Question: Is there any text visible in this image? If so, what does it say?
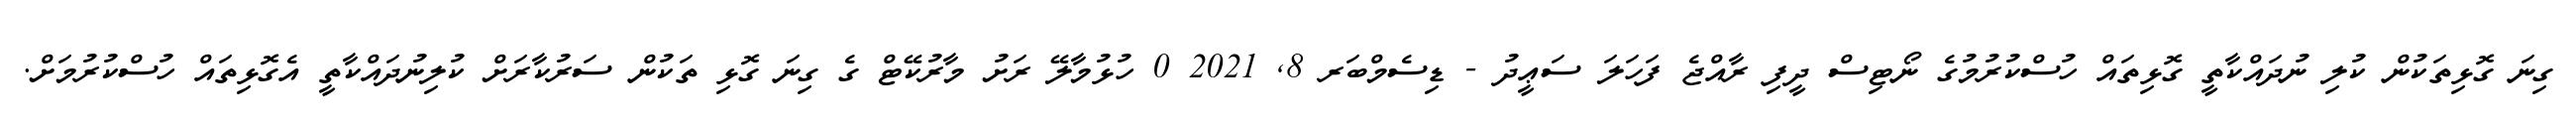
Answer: ގިނަ ގޮޅިތަކުން ކުލި ނުދައްކާތީ ގޮޅިތައް ހުސްކުރުމުގެ ނޯޓިސް ދީފި ރާއްޖެ ފަހަލަ ސަޢީދު - ޑިސެމްބަރ 8, 2021 0 ހުޅުމާލޭ ރަށު މާރުކޭޓް ގެ ގިނަ ގޮޅި ތަކުން ސަރުކާރަށް ކުލިނުދައްކާތީ އެގޮޅިތައް ހުސްކުރުމަށް.